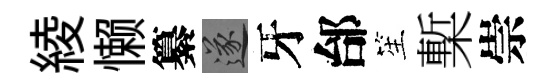
綾懒纂遂牙邰笙槧崇